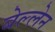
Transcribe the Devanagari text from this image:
बेल्लेन